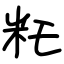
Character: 籷